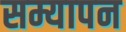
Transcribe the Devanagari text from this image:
सम्यापन